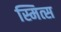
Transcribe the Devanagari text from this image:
स्मित्स